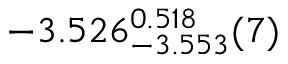
- 3 . 5 2 6 _ { - 3 . 5 5 3 } ^ { 0 . 5 1 8 } ( 7 )